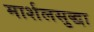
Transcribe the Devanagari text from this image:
मार्शलसुद्धा